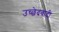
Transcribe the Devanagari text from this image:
उच्छेदवादी